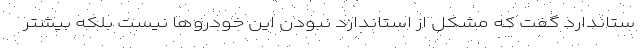
ستاندارد گفت که مشکل از استاندارد نبودن این خودروها نیست بلکه بیشتر